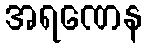
အရဏေန